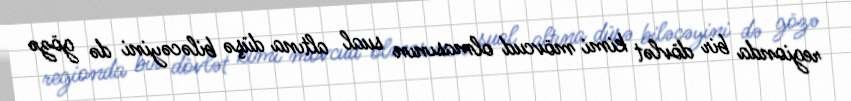
regionda bir dövlət kimi mövcud olmasının sual altına düşə biləcəyini də gözə